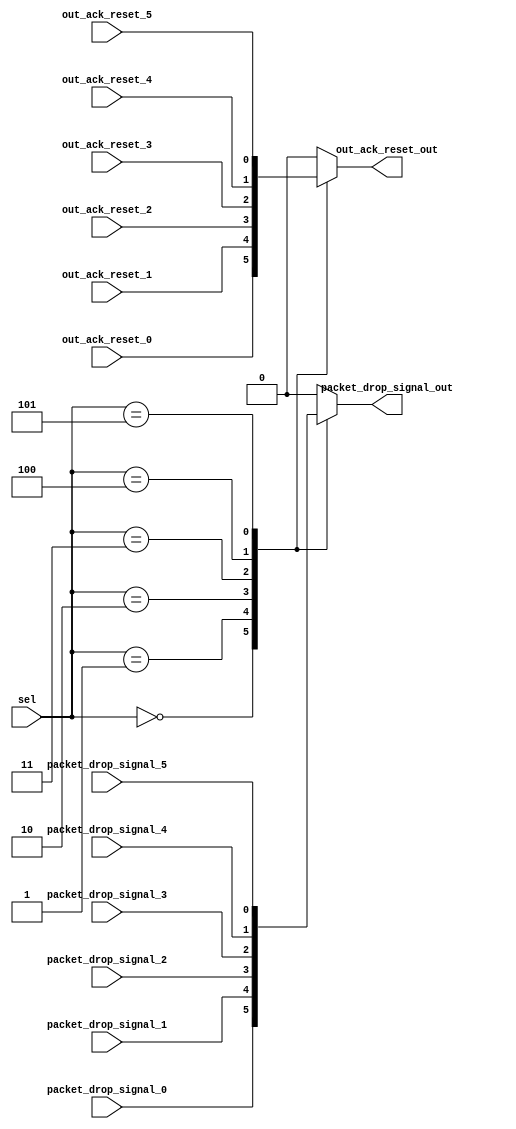
module mux_61(
    input       [2:0] sel,
	 
	 input out_ack_reset_0,
	 input packet_drop_signal_0,
	 
	 input out_ack_reset_1,
	 input packet_drop_signal_1,
	 
	 input out_ack_reset_2,
	 input packet_drop_signal_2,

	 input out_ack_reset_3,
	 input packet_drop_signal_3,
	 
	 input out_ack_reset_4,
	 input packet_drop_signal_4,
	 
	 input out_ack_reset_5,
	 input packet_drop_signal_5,
	 
	 output out_ack_reset_out,
	 output packet_drop_signal_out
);

    reg out_ack_reset_out_reg;
	 reg packet_drop_signal_out_reg;
	 
     always @(*) begin
     case (sel)
	    3'b000: begin
		      out_ack_reset_out_reg = out_ack_reset_0;
		      packet_drop_signal_out_reg = packet_drop_signal_0;
		      end
			
		3'b001: begin
		     out_ack_reset_out_reg = out_ack_reset_1;
		     packet_drop_signal_out_reg = packet_drop_signal_1;
			  end
			
		3'b010: begin
		     out_ack_reset_out_reg = out_ack_reset_2;
		     packet_drop_signal_out_reg = packet_drop_signal_2;
			  end
			
		3'b011: begin
		     out_ack_reset_out_reg = out_ack_reset_3;
		     packet_drop_signal_out_reg = packet_drop_signal_3;
			  end
			
		3'b100: begin
		     out_ack_reset_out_reg = out_ack_reset_4;
		     packet_drop_signal_out_reg = packet_drop_signal_4;
			  end
			
		3'b101: begin
		     out_ack_reset_out_reg = out_ack_reset_5;
		     packet_drop_signal_out_reg = packet_drop_signal_5;
			  end
			
		default: begin
		     out_ack_reset_out_reg = 0;
		     packet_drop_signal_out_reg = 0;
			  end
	   endcase
		end
	   
		assign out_ack_reset_out = out_ack_reset_out_reg;
		assign packet_drop_signal_out = packet_drop_signal_out_reg;
		
endmodule